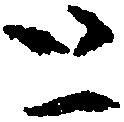
と